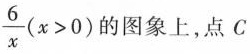
\frac{6}{x}(x>0)的图象上，点C